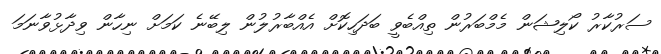
ސަރުކާރު ކޯލިޝަން މެމްބަރުން ތިއްބެވީ ބަދަހިކޮށް އެއްބާރުލުން ލިބޭނެ ކަމަށް ނިހާން ވިދާޅުވާނަމަ